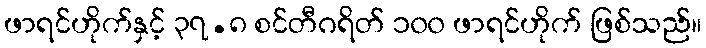
ဖာရင်ဟိုက်နှင့် ၃၇.၈ စင်တီဂရိတ် ၁၀၀ ဖာရင်ဟိုက် ဖြစ်သည်။